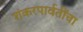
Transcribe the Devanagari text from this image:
शंकरपार्वतींचा